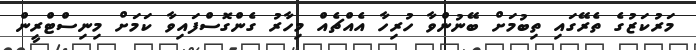
މަރުކަޒުގެ ތެރޭގައި ތިބުމަށް ބޭނުންވާ ހުރިހާ އެއްޗެއް މިހާރު ގެންގޮސްފައިވާ ކަމަށް މިނިސްޓްރީން